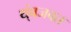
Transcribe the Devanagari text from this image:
थ्ंबजवत